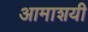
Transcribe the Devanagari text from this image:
आमाशयी